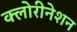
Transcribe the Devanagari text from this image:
क्लोरीनेशन